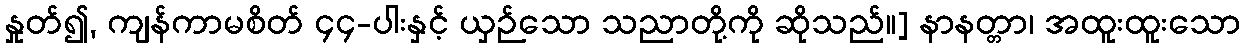
နှုတ်၍, ကျန်ကာမစိတ် ၄၄-ပါးနှင့် ယှဉ်သော သညာတို့ကို ဆိုသည်။] နာနတ္တာ၊ အထူးထူးသော